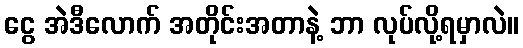
ငွေ အဲဒီလောက် အတိုင်းအတာနဲ့ ဘာ လုပ်လို့ရမှာလဲ။